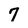
Character: 7